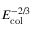
E _ { \mathrm { c o l } } ^ { - 2 / 3 }